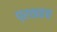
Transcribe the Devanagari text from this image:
प्रवाहच